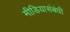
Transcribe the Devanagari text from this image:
मीडियासंबंधी